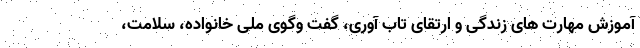
آموزش مهارت های زندگی و ارتقای تاب آوری، گفت وگوی ملی خانواده، سلامت،